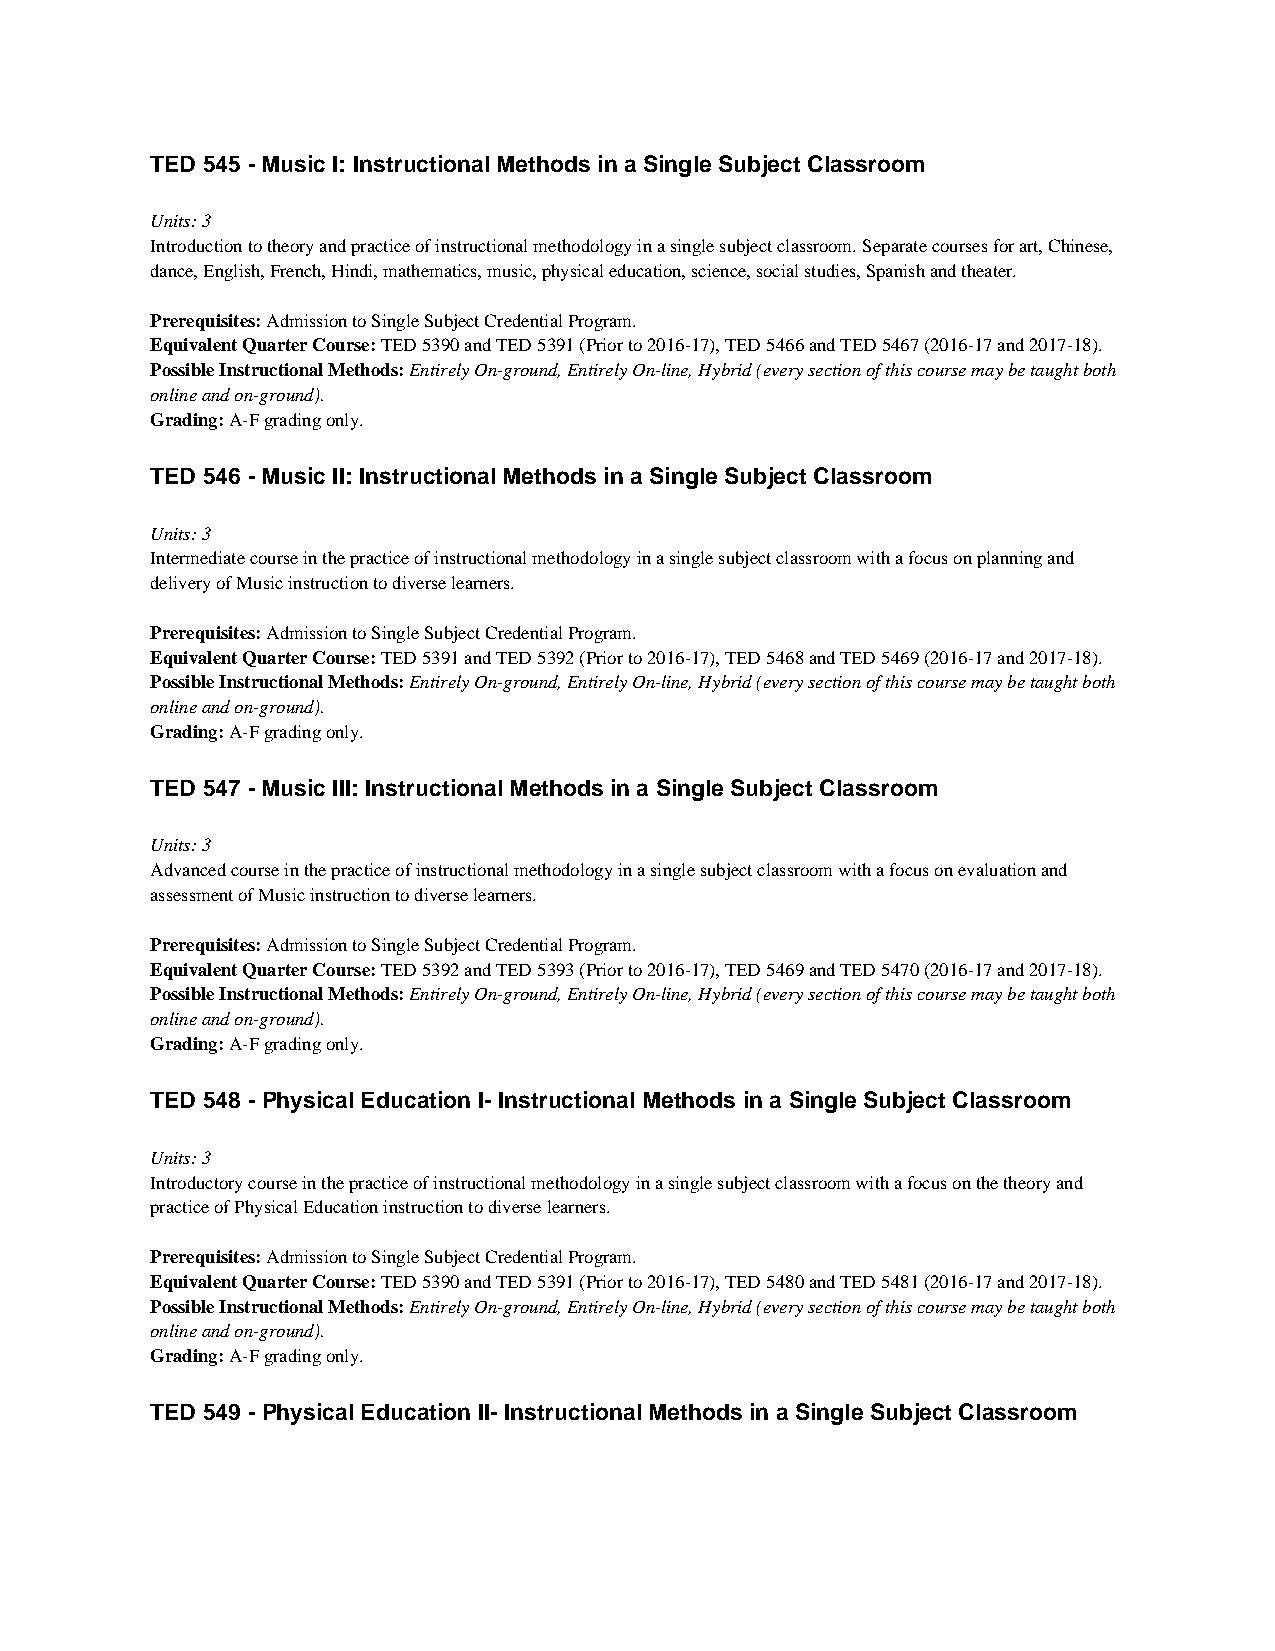
TED 545 - Music I: Instructional Methods in a Single Subject Classroom
 Units: 3
 Introduction to theory and practice of instructional methodology in a single subject classroom. Separate courses for art, Chinese,
 dance, English, French, Hindi, mathematics, music, physical education, science, social studies, Spanish and theater.
 Prerequisites: Admission to Single Subject Credential Program.
 Equivalent Quarter Course: TED 5390 and TED 5391 (Prior to 2016-17), TED 5466 and TED 5467 (2016-17 and 2017-18).
 Possible Instructional Methods: Entirely On-ground, Entirely On-line, Hybrid (every section of this course may be taught both
 online and on-ground).
 Grading: A-F grading only.
 TED 546 - Music II: Instructional Methods in a Single Subject Classroom
 Units: 3
 Intermediate course in the practice of instructional methodology in a single subject classroom with a focus on planning and
 delivery of Music instruction to diverse learners.
 Prerequisites: Admission to Single Subject Credential Program.
 Equivalent Quarter Course: TED 5391 and TED 5392 (Prior to 2016-17), TED 5468 and TED 5469 (2016-17 and 2017-18).
 Possible Instructional Methods: Entirely On-ground, Entirely On-line, Hybrid (every section of this course may be taught both
 online and on-ground).
 Grading: A-F grading only.
 TED 547 - Music III: Instructional Methods in a Single Subject Classroom
 Units: 3
 Advanced course in the practice of instructional methodology in a single subject classroom with a focus on evaluation and
 assessment of Music instruction to diverse learners.
 Prerequisites: Admission to Single Subject Credential Program.
 Equivalent Quarter Course: TED 5392 and TED 5393 (Prior to 2016-17), TED 5469 and TED 5470 (2016-17 and 2017-18).
 Possible Instructional Methods: Entirely On-ground, Entirely On-line, Hybrid (every section of this course may be taught both
 online and on-ground).
 Grading: A-F grading only.
 TED 548 - Physical Education I- Instructional Methods in a Single Subject Classroom
 Units: 3
 Introductory course in the practice of instructional methodology in a single subject classroom with a focus on the theory and
 practice of Physical Education instruction to diverse learners.
 Prerequisites: Admission to Single Subject Credential Program.
 Equivalent Quarter Course: TED 5390 and TED 5391 (Prior to 2016-17), TED 5480 and TED 5481 (2016-17 and 2017-18).
 Possible Instructional Methods: Entirely On-ground, Entirely On-line, Hybrid (every section of this course may be taught both
 online and on-ground).
 Grading: A-F grading only.
 TED 549 - Physical Education II- Instructional Methods in a Single Subject Classroom